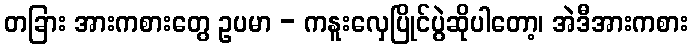
တခြား အားကစားတွေ ဥပမာ - ကနူးလှေပြိုင်ပွဲဆိုပါတော့၊ အဲဒီအားကစား